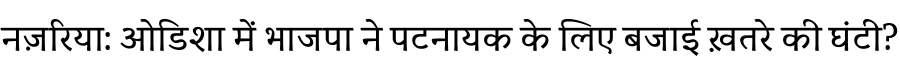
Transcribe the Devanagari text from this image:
नज़रिया: ओडिशा में भाजपा ने पटनायक के लिए बजाई ख़तरे की घंटी?